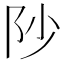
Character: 𮤻